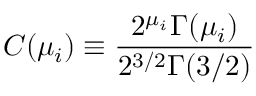
C ( \mu _ { i } ) \equiv { \frac { 2 ^ { \mu _ { i } } \Gamma ( \mu _ { i } ) } { 2 ^ { 3 / 2 } \Gamma ( 3 / 2 ) } }